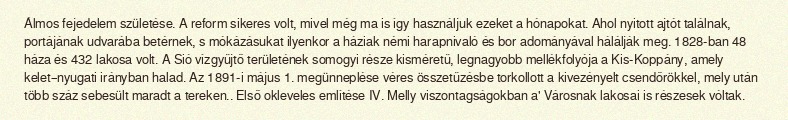
Álmos fejedelem születése. A reform sikeres volt, mivel még ma is így használjuk ezeket a hónapokat. Ahol nyitott ajtót találnak, portájának udvarába betérnek, s mókázásukat ilyenkor a háziak némi harapnivaló és bor adományával hálálják meg. 1828-ban 48 háza és 432 lakosa volt. A Sió vízgyűjtő területének somogyi része kisméretű, legnagyobb mellékfolyója a Kis-Koppány, amely kelet–nyugati irányban halad. Az 1891-i május 1. megünneplése véres összetűzésbe torkollott a kivezényelt csendőrökkel, mely után több száz sebesült maradt a tereken.. Első okleveles említése IV. Melly viszontagságokban a' Városnak lakosai is részesek vóltak.